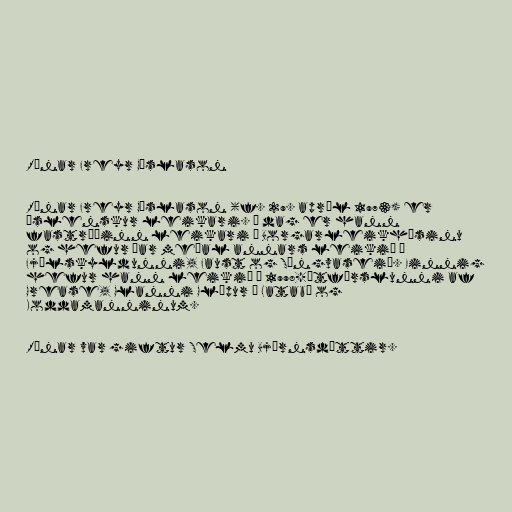
Rúnar Freyr Gíslason

Rúnar Freyr Gíslason (f. 29. apríl 1973) er
íslenskur leikari. Í dag er hann
fastráðinn leikari í Borgarleikhúsinu
og hefur þar meðal annars leikið í
Fjölskyldunni, Faust og Söngvaseið. Einnig
hefur hann leikið í 1998-útfærslunni af
Grease, Glanni Glæpur í Latabæ og
Koddamanninum.

Rúnar var giftur Selmu Björnsdóttir.